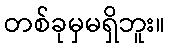
တစ်ခုမှမရှိဘူး။